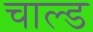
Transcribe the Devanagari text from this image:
चाल्ड